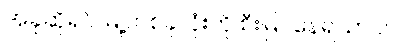
အခုဆိုရင် မြို့တစ်ခုလုံးကို စီးမြင်နေရသာပဲ။